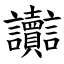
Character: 讟